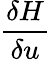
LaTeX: \frac{\delta H}{\delta u}